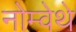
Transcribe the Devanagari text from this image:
नोम्वेथे